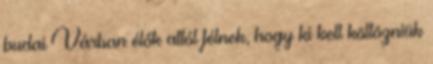
budai Várban élők attól félnek, hogy ki kell költözniük